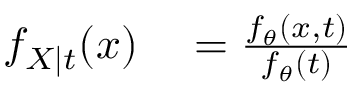
\begin{array} { r l } { f _ { X \mid t } ( x ) } & { { } = { \frac { f _ { \theta } ( x , t ) } { f _ { \theta } ( t ) } } } \end{array}